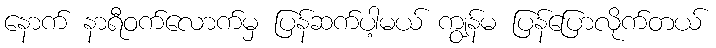
နောက် နာရီဝက်လောက်မှ ပြန်ဆက်ပါ့မယ် ကျွန်မ ပြန်ပြောလိုက်တယ်